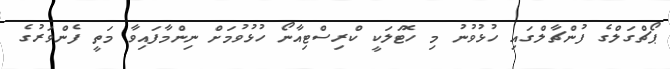
ޕޯޗްގަލްގެ ފުންޗާލްގައި ހުޅުވުނު މި ހޮޓަލަކީ ކްރިސްޓިއާނޯ ހުޅުވުމަށް ނިންމާފައިވާ މަތީ ފެންވަރުގެ